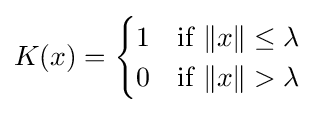
K(x)={\begin{cases}1&{\text{if}}\ \|x\|\leq \lambda \\0&{\text{if}}\ \|x\|>\lambda \\\end{cases}}